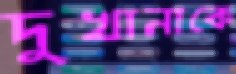
দুখানাকে